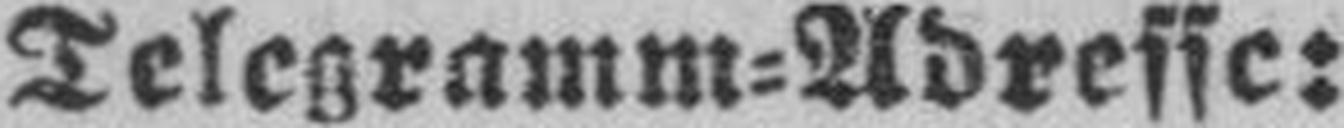
Telegramm=Adresse: